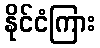
နိုင်ငံကြား